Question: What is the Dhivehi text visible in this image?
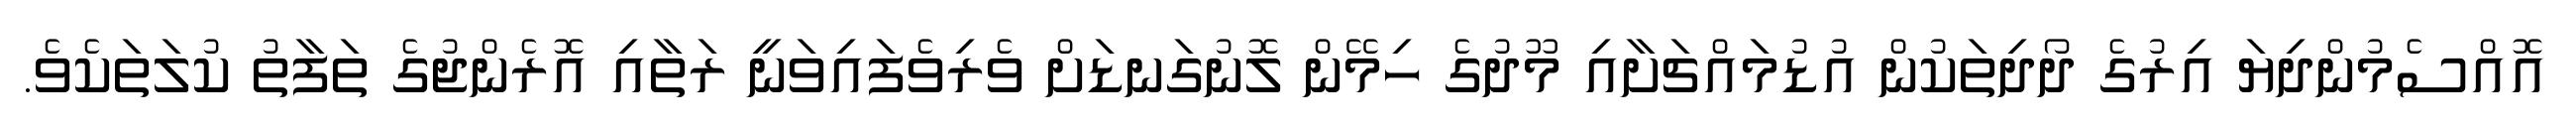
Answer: އޮއްސެމުންދިޔަ އިރުގެ ދޯދިތަކުން އުޑުމައްޗަށާއި މޫދުގެ ހިމޭން ލޮނުގަނޑަށް ވެރިވެފައިވަނީ ރަތާއި އޮރެންޖުގެ ތަފާތު ކުލަތަކެވެ.